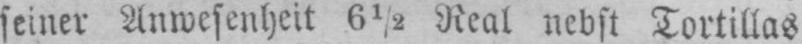
seiner Anwesenheit 6½ Real nebst Tortillias